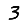
Digit: 3